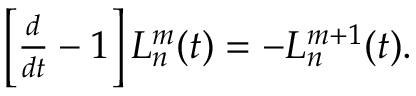
\begin{array} { r } { \left[ \frac { d } { d t } - 1 \right] L _ { n } ^ { m } ( t ) = - L _ { n } ^ { m + 1 } ( t ) . } \end{array}